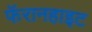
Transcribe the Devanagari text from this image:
फॅरानहाइट